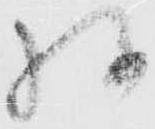
様